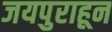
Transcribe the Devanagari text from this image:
जयपुराहून